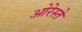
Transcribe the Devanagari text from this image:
ओरेस्ते